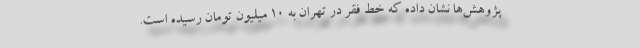
پژوهش‌ها نشان داده که خط فقر در تهران به ۱۰ میلیون تومان رسیده است.